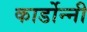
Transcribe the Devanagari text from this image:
कार्डोन्‍नी